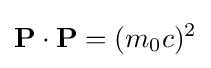
\mathbf {P} \cdot \mathbf {P} =(m_{0}c)^{2}